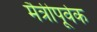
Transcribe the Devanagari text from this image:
मैत्रीपूर्वक